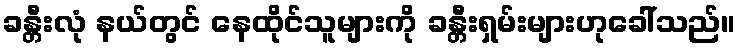
ခန္တီးလုံ နယ်တွင် နေထိုင်သူများကို ခန္တီးရှမ်းများဟုခေါ်သည်။